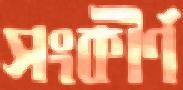
সংকীর্ণ